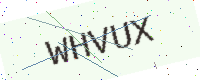
Text: WHVUX